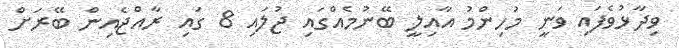
ވިދާޅުވެފައި ވަނީ މުހިންމު އާއިލީ ބޭނުމެއްގައި ޖުލައި 8 ގައި ރާއްޖެއިން ބޭރަށް